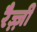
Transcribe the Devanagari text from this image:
रैज़्ज़ी